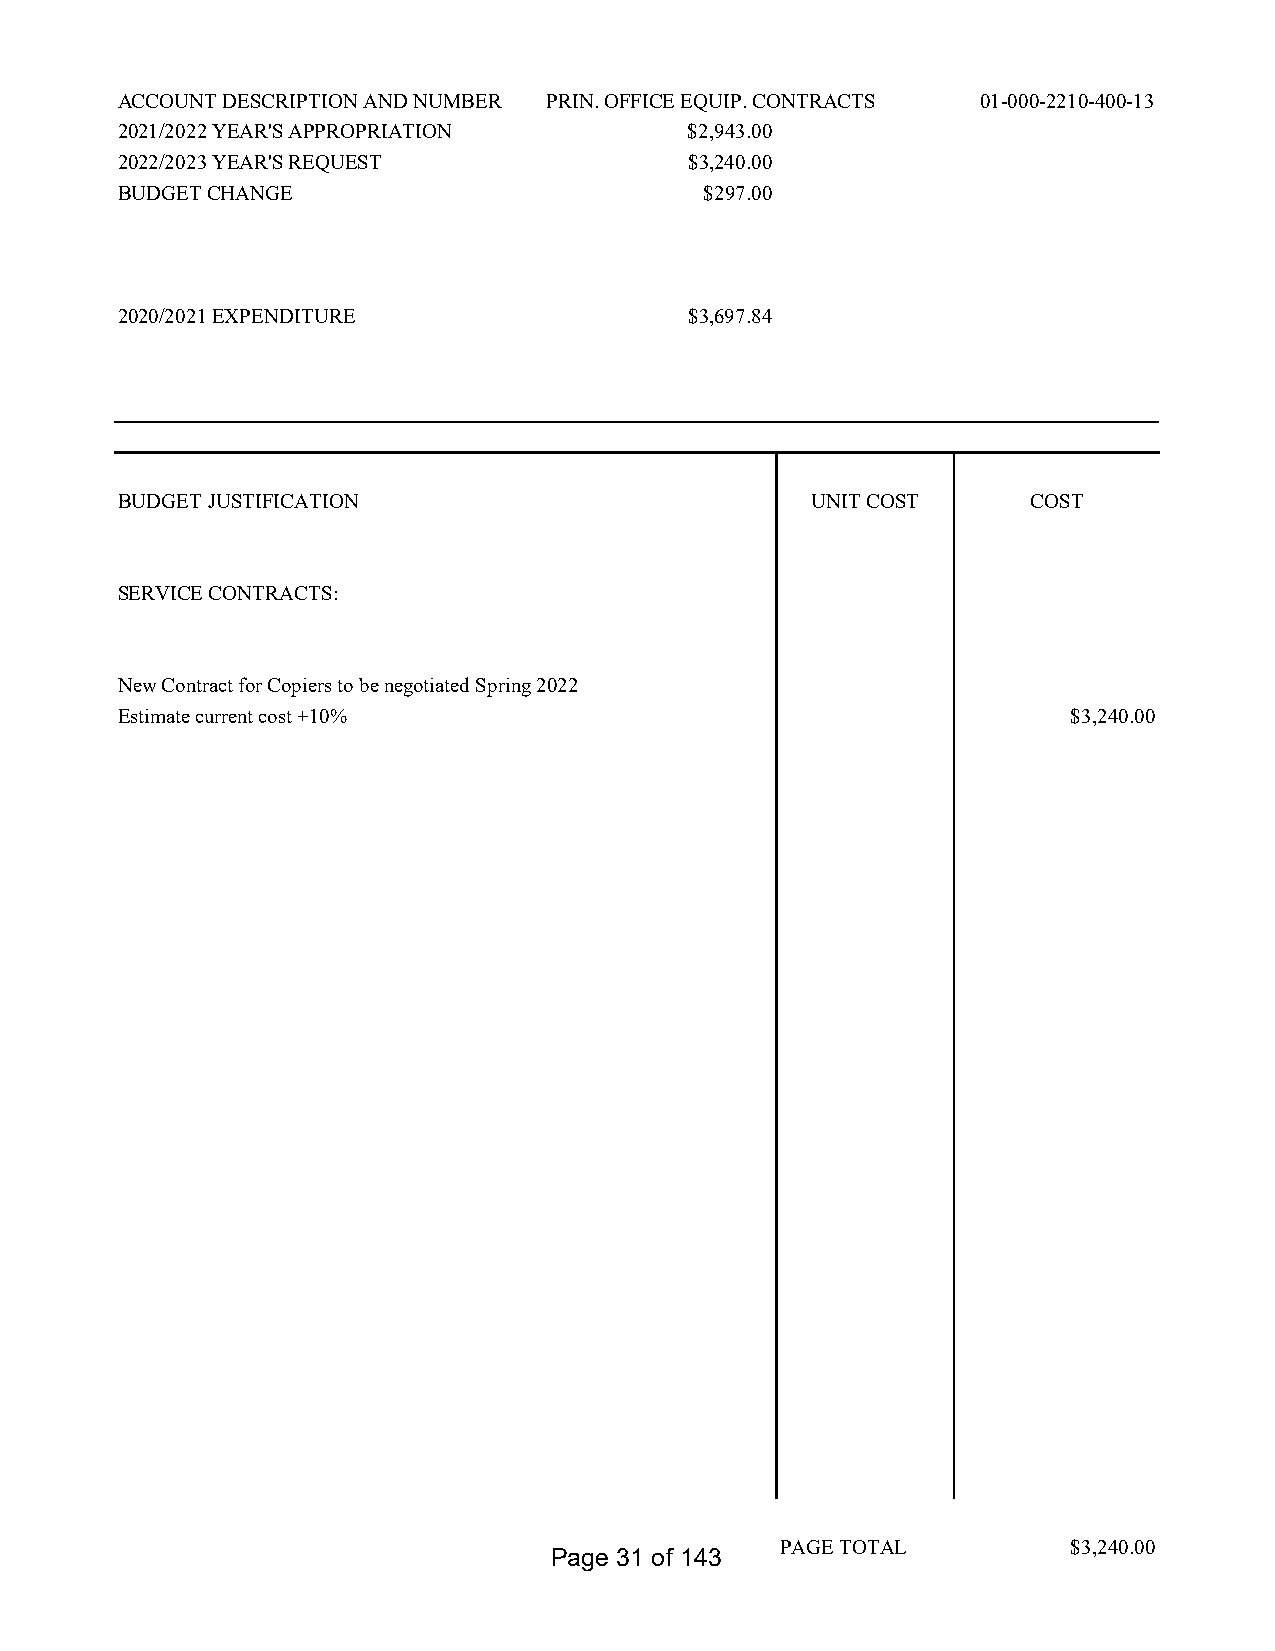
ACCOUNT DESCRIPTION AND NUMBER PRIN. OFFICE EQUIP. CONTRACTS 01-000-2210-400-13
 2021/2022 YEAR'S APPROPRIATION        $2,943.00
 2022/2023 YEAR'S REQUEST              $3,240.00
 BUDGET CHANGE                          $297.00
 2020/2021 EXPENDITURE                 $3,697.84
 BUDGET JUSTIFICATION                          UNIT COST     COST
 SERVICE CONTRACTS:
 New Contract for Copiers to be negotiated Spring 2022
 Estimate current cost +10%                                     $3,240.00
 PAGE TOTAL         $3,240.00
 Page 31 of 143